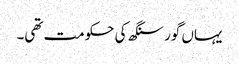
یہاں گور سنگھ کی حکومت تھی۔